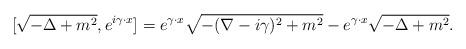
LaTeX: \begin{align*}[\sqrt{-\Delta+m^2},e^{i\gamma \cdot x}]=e^{\gamma \cdot x} \sqrt{-(\nabla-i\gamma)^2+m^2}- e^{\gamma \cdot x} \sqrt{-\Delta+m^2}. \end{align*}